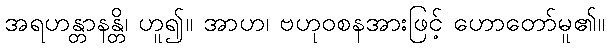
အရဟန္တာနန္တိ၊ ဟူ၍။ အာဟ၊ ဗဟုဝစနအားဖြင့် ဟောတော်မူ၏။